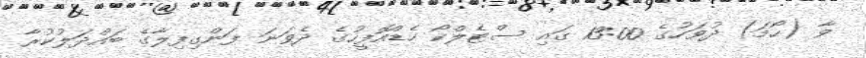
ވާ (ހޯމަ) ދުވަހުގެ 13:00 ގައި ސްޓެލްކޯ ހެޑްއޮފީހުގެ ދެވަނަ ފަންގިފިލާގެ ބައްދަލުކުރާ